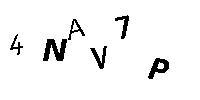
4NAV7P